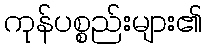
ကုန်ပစ္စည်းများ၏